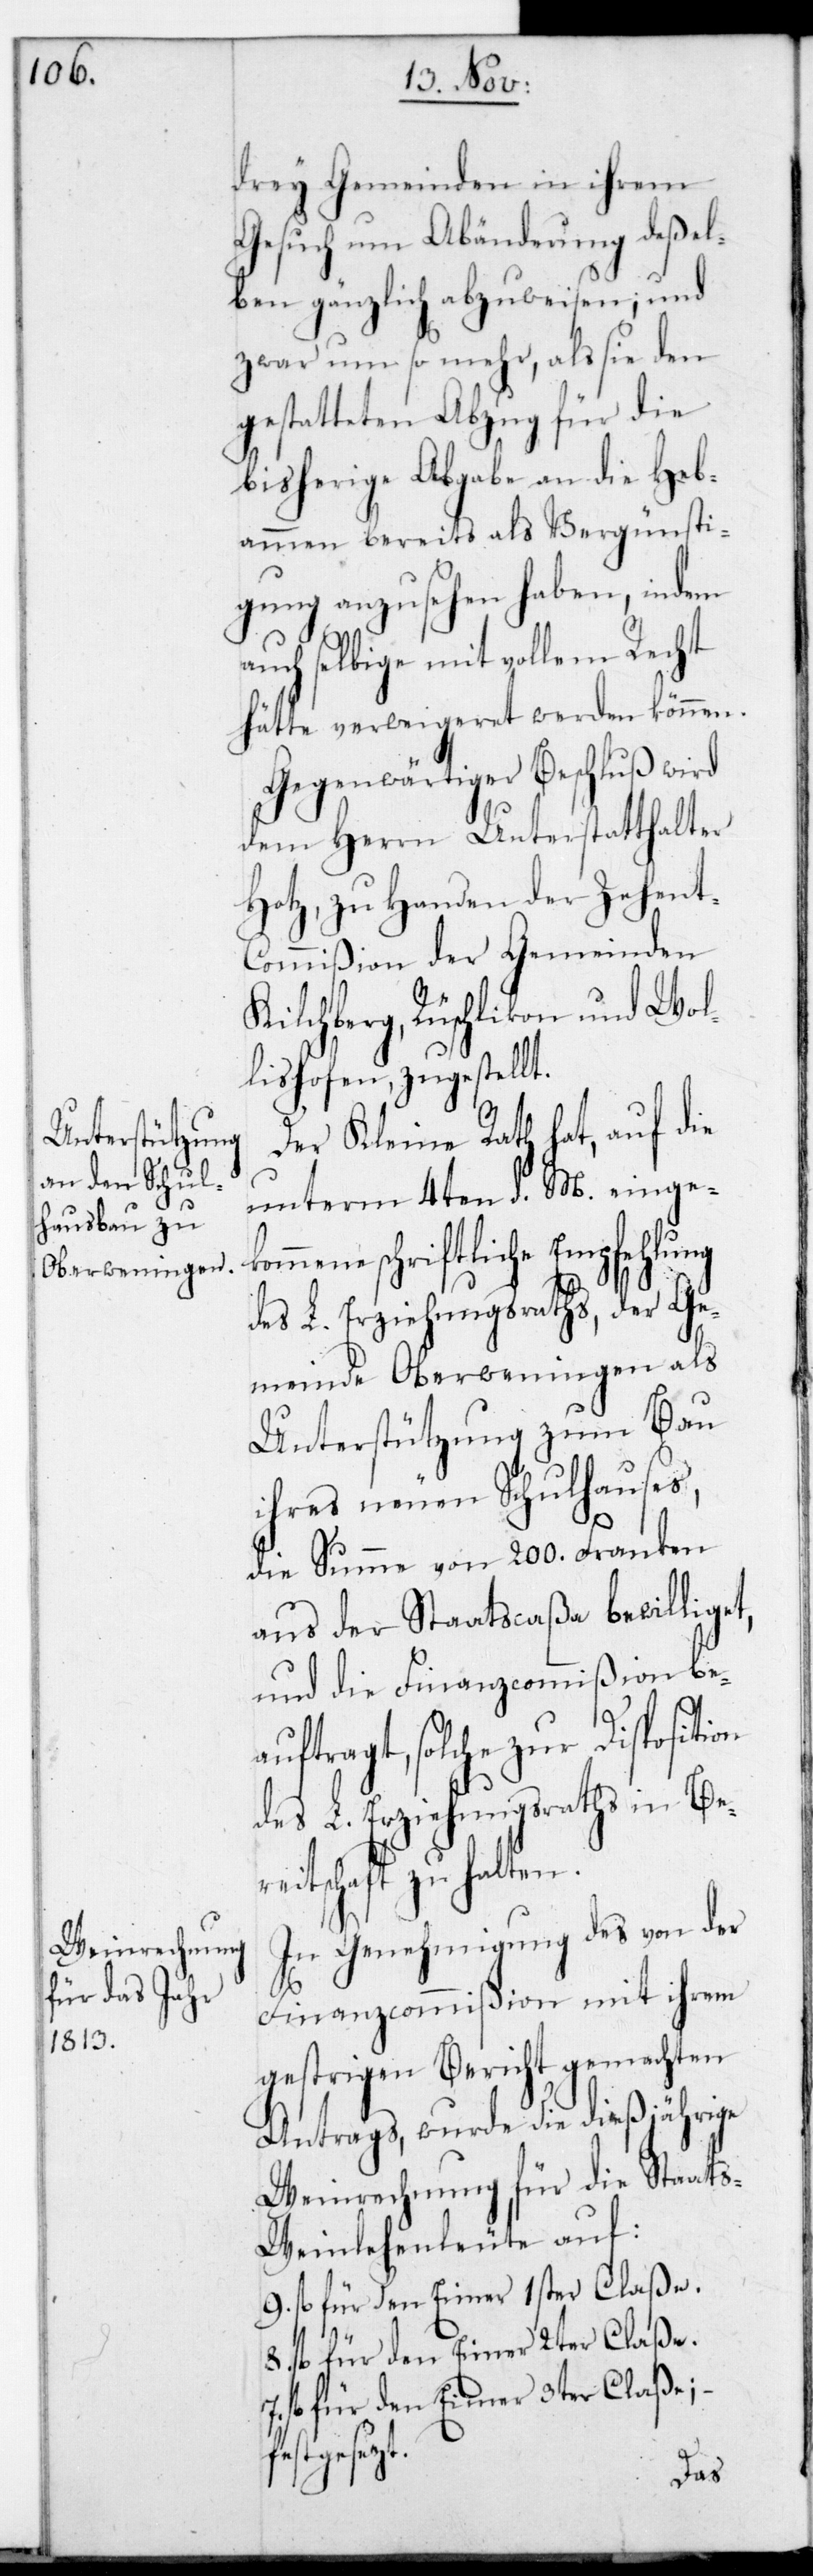
drey Gemeinden in ihrem
Gesuch um Abänderung deßel¬
ben gänzlich abzuweisen; und
zwar um so mehr, als sie den
gestatteten Abzug für die
bisherige Abgabe an die Heb¬
ammen bereits als Vergünsti¬
gung anzusehen haben, indem
auch selbige mit vollem Recht
hätte verweigeret werden können.
Gegenwärtiger Beschluß wird
dem Herrn Unterstatthalter
Hotz, zu Handen der Zehen¬
t-Commißion der Gemeinden
Kilchberg, Rüschlikon und Wol¬
lishofen zugestellt.
Der Kleine Rath hat, auf die
unterm 4ten d. M. eingeko¬
mmene schriftliche Empfehlung
des L. Erziehungsraths, der Ge¬
meinde Oberweningen als
Unterstützung zum Bau
ihres neuen Schulhauses,
die Summe von 200. Franken
und die Finanzcommißion bea¬
uftragt, solche zur
des L. Erziehungsraths in Ber¬
eitschaft zu halten.
In Genehmigung des von der
Finanzcommißion mit ihrem
gestrigen Bericht gemachten
Antrags, wurde die dießjährige
Weinrechnung für die Staats-W¬
einlehenleute auf:
9. fl. für den Eimer 1ster Claße.
fl. für den Eimer 2ter Claße.
fl. für den Eimer 3ter Claße; –
festgesetzt.